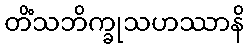
တိံသဘိက္ခုသဟဿာနိ